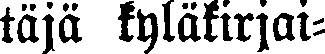
täjä kyläkirjai-